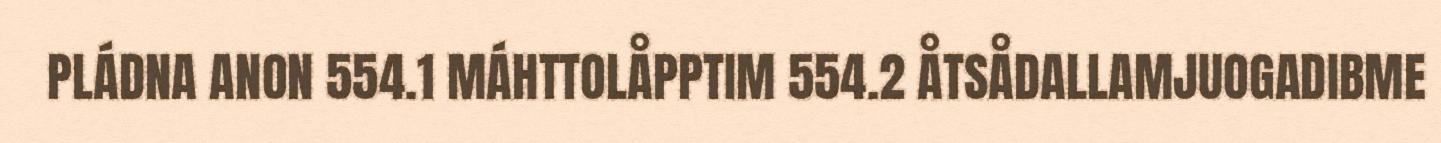
PLÁDNA ANON 554.1 MÁHTTOLÅPPTIM 554.2 ÅTSÅDALLAMJUOGADIBME